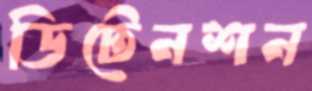
ডিটেনশন